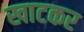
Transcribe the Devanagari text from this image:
खाटकर